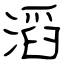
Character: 滔